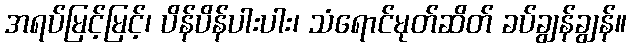
အရပ်မြင့်မြင့်၊ ပိန်ပိန်ပါးပါး၊ သံရောင်မုတ်ဆိတ် ခပ်ချွန်ချွန်။